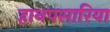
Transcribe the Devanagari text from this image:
हाथपसारिया